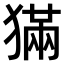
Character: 𤡁